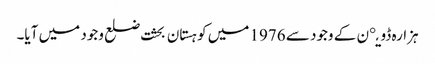
ہزارہ ڈویږن کے وجود سے 1976 میں کوہستان بحثت ضلع وجود میں آیا۔